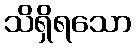
သိရှိရသော